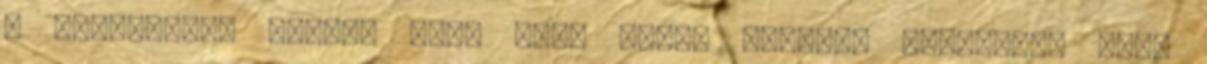
” „Valakinek nagyon útba volt K.S., remélem rövidesen kint